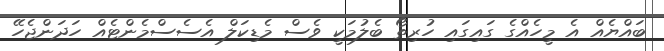
ބައްޔެއް އެ މީހެއްގެ ގައިގައި ހުރިތޯ ބެލުމަކީ ވެސް މެޑިކަލް އެސެސްމެންޓެއް ހަދަންޖެހޭ